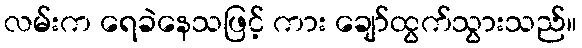
လမ်းက ရေခဲနေသဖြင့် ကား ချော်ထွက်သွားသည်။